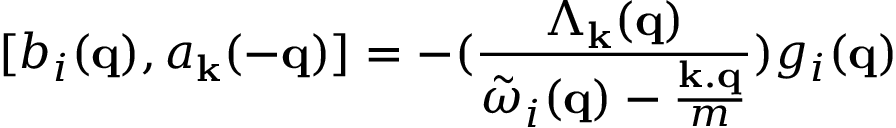
[ b _ { i } ( { \bf { q } } ) , a _ { { \bf { k } } } ( - { \bf { q } } ) ] = - ( \frac { \Lambda _ { { \bf { k } } } ( { \bf { q } } ) } { { \tilde { \omega } } _ { i } ( { \bf { q } } ) - \frac { { \bf { k . q } } } { m } } ) g _ { i } ( { \bf { q } } )